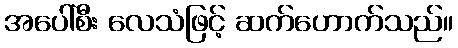
အပေါ်စီး လေသံဖြင့် ဆက်ဟောက်သည်။